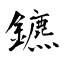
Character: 鑣